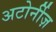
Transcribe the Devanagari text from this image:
अटोर्नीज़